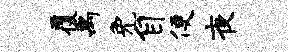
覆禹免自便夜